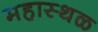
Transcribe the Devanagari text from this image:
महास्थळ